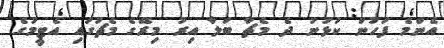
އެންމެ ފަހުން ކުޅުނު ދެ މެޗާ ބަލާ އިރު މިރޭގެ މެޗުގައި އެޓީމުގެ